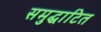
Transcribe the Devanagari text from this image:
समुद्घाटित